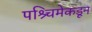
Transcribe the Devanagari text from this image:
पश्र्चिमेकडून